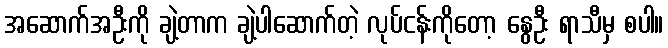
အဆောက်အဦးကို ချဲ့တာက ချဲ့ပါဆောက်တဲ့ လုပ်ငန်းကိုတော့ နွေဦး ရာသီမှ စပါ။